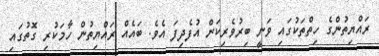
ރައްޔިތުންގެ ހިތްތަކުގައި ވަނީ ބިރުވެރިކަން އުފެދިފަ އެވެ. ބައެއް ރައްޔިތުން ހާމަކުރި ގޮތުގައި